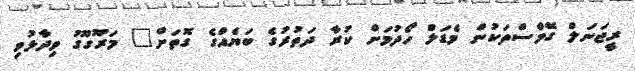
ރީޖަނަލް ގޭމްސްތަކުން މެޑަލް ހޯދުމަށް ކުރާ ދަތުރުގެ ބަޔެއްގެ ގޮތަށް" މަރޫގޫގު ވިދާޅުވި